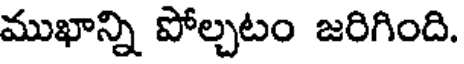
ముఖాన్ని పోల్చటం జరిగింది.